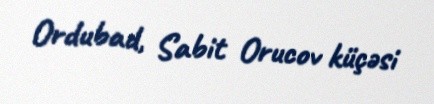
Ordubad, Sabit Orucov küçəsi